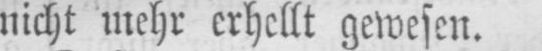
nicht mehr erhellt gewesen.